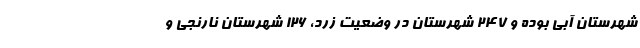
شهرستان آبی بوده و ۲۴۷ شهرستان در وضعیت زرد، ۱۲۶ شهرستان نارنجی و